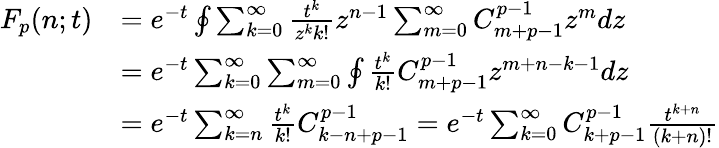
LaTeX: \begin{array}{rl}{F_{p}(n;t)}&{=e^{-t}\oint\sum_{k=0}^{\infty}\frac{t^{k}}{z^{k}k!}z^{n-1}\sum_{m=0}^{\infty}C_{m+p-1}^{p-1}z^{m}dz}\\ &{=e^{-t}\sum_{k=0}^{\infty}\sum_{m=0}^{\infty}\oint\frac{t^{k}}{k!}C_{m+p-1}^{p-1}z^{m+n-k-1}dz}\\ &{=e^{-t}\sum_{k=n}^{\infty}\frac{t^{k}}{k!}C_{k-n+p-1}^{p-1}=e^{-t}\sum_{k=0}^{\infty}C_{k+p-1}^{p-1}\frac{t^{k+n}}{(k+n)!}}\end{array}